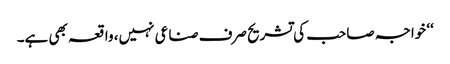
‘‘ خواجہ صاحب کی تشریح صرف صناعی نہیں، واقعہ بھی ہے۔